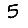
Digit: 5